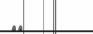
٩٠